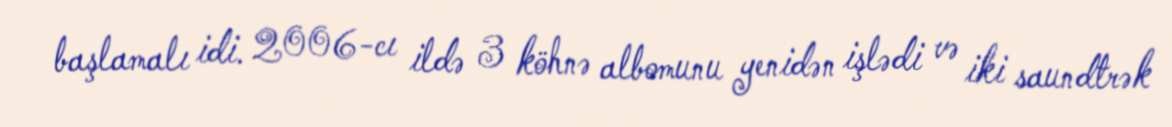
başlamalı idi. 2006-cı ildə 3 köhnə albomunu yenidən işlədi və iki saundtrək